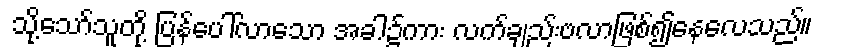
သို့သော်သူတို့ ပြန်ပေါ်လာသော အခါ၌ကား လက်ချည်းဗလာဖြစ်၍နေလေသည်။